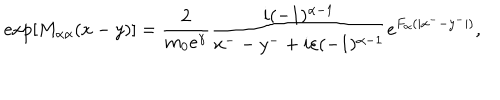
LaTeX: \mathrm { e x p } [ M _ { { \alpha } { \alpha } } ( x - y ) ] = \frac { 2 } { m _ { 0 } e ^ { \gamma } } \frac { i ( - 1 ) ^ { { \alpha } - 1 } } { x ^ { -- } y ^ { - } + i { \varepsilon } ( - 1 ) ^ { { \alpha } - 1 } } e ^ { F _ { \alpha } ( | x ^ { -- } y ^ { - } | ) } ,